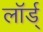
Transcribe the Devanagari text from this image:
लॉर्ड्